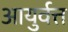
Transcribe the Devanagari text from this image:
आयुर्वत्त